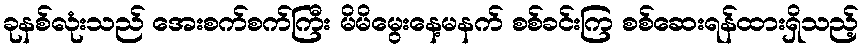
ခုနစ်လုံးသည် အေးစက်စက်ကြီး မိမိမွေးနေ့မနက် စစ်ခင်းကြ စစ်ဆေးရန်ထားရှိသည့်